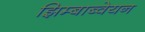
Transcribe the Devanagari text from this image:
झिम्बाब्वेयन